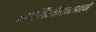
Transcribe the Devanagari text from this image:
सामिलीकरणाने